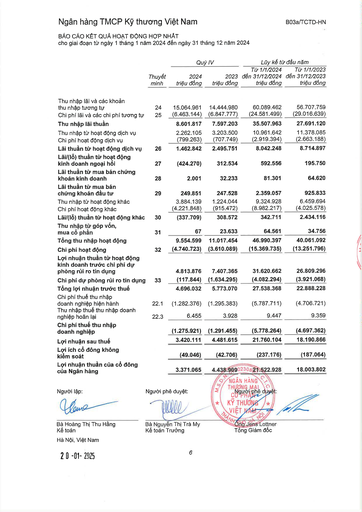
|||Quý|IV|Lũy kế từ|đầu năm| |---|---|---|---|---|---| ||Thuyết minh|2024 triệu đồng|2023 triệu đồng|Từ 1/1/2024 đến 31/12/2024 triệu đồng|Từ 1/1/2023 đến 31/12/2023 triệu đồng| |Thu nhập lãi và các khoản thu nhập tương tự|24|15.064.961|14.444.980|60.089.462|56.707.759| |Chi phí lãi và các chi phí tương tự|25|(6.463.144)|(6.847.777)|(24.581.499)|(29.016.639)| |Thu nhập lãi thuần||8.601.817|7.597.203|35.507.963|27.691.120| |Thu nhập từ hoạt động dịch vụ||2.262.105|3.203.500|10.961.642|11.378.085| |Chi phí hoạt động dịch vụ||(799.263)|(707.749)|(2.919.394)|(2.663.188)| |Lãi thuần từ hoạt động dịch vụ|26|1.462.842|2.495.751|8.042.248|8.714.897| |Lãi/(lỗ) thuần từ hoạt động kinh doanh ngoại hối|27|(424.270)|312.534|592.556|195.750| |Lãi thuần từ mua bán chứng khoán kinh doanh|28|2.001|32.233|81.301|64.620| |Lãi thuần từ mua bán chứng khoán đầu tư|29|249.851|247.528|2.359.057|925.833| |Thu nhập từ hoạt động khác||3.884.139|1.224.044|9.324.928|6.459.694| |Chi phí hoạt động khác||(4.221.848)|(915.472)|(8.982.217)|(4.025.578)| |Lãi/(lỗ) thuần từ hoạt động khác|30|(337.709)|308.572|342.711|2.434.116| |Thu nhập từ góp vốn, mua cổ phần|31|67|23.633|64.561|34.756| |Tổng thu nhập hoạt động||9.554.599|11.017.454|46.990.397|40.061.092| |Chi phí hoạt động|32|(4.740.723)|(3.610.089)|(15.369.735)|(13.251.796)| |Lợi nhuận thuần từ hoạt động kinh doanh trước chi phí dự phòng rủi ro tín dụng||4.813.876|7.407.365|31.620.662|26.809.296| |Chi phí dự phòng rủi ro tín dụng|33|(117.844)|(1.634.295)|(4.082.294)|(3.921.068)| |Tổng lợi nhuận trước thuế||4.696.032|5.773.070|27.538.368|22.888.228| |Chi phí thuế thu nhập doanh nghiệp hiện hành|22.1|(1.282.376)|(1.295.383)|(5.787.711)|(4.706.721)| |Thu nhập thuế thu nhập doanh nghiệp hoãn lại|22,3|6.455|3.928|9.447|9.359| |Chi phí thuế thu nhập doanh nghiệp||(1.275.921)|(1.291.455)|(5.778.264)|(4.697.362)| |Lợi nhuận sau thuế||3.420.111|4.481.615|21.760.104|18.190.866| |Lợi ích cổ đông không kiểm soát||(49.046)|(42.706)|(237.176)|(187.064)| |Lợi nhuận thuần của cổ đông của Ngân hàng||3.371.065|4.438.909|21.522.928|18.003.802|